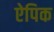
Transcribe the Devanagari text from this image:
ऐपिक